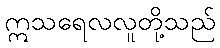
ဣသရေလလူတို့သည်